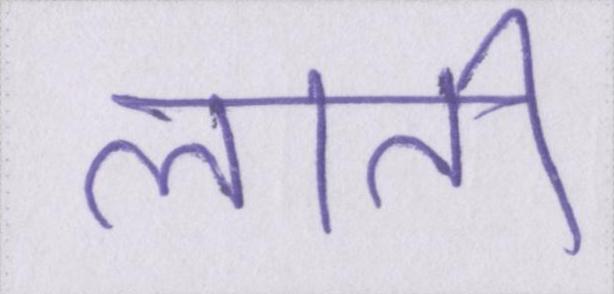
लाती